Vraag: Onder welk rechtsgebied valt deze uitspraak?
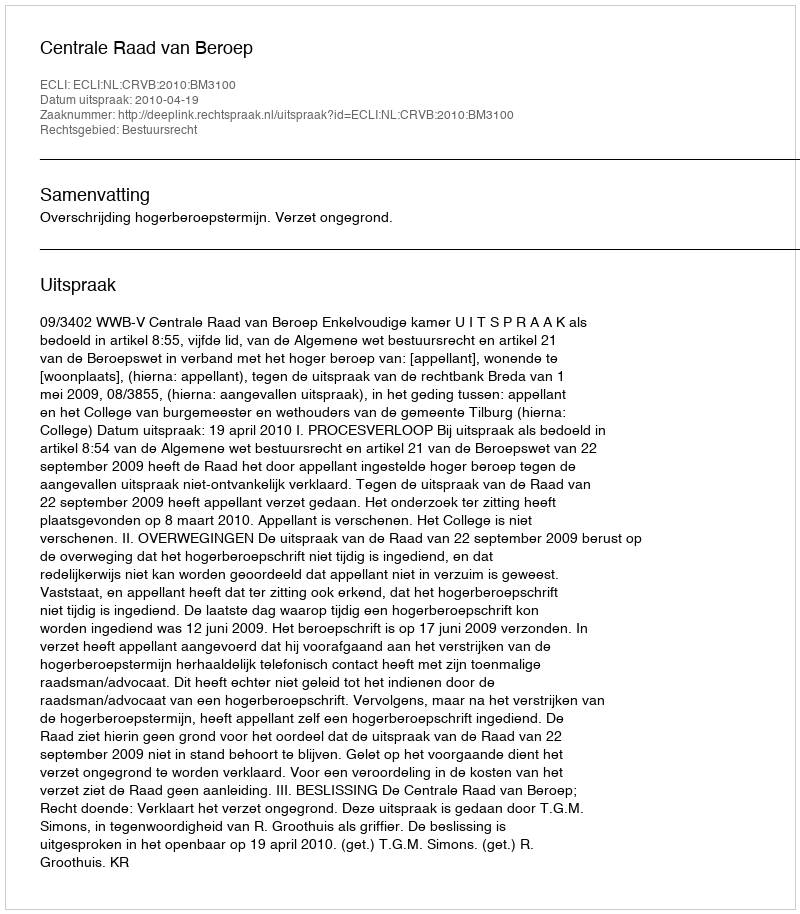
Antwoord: Bestuursrecht